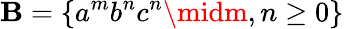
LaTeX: \mathbf{B}=\{ a^{m}b^{n}c^{n}\midm,n\geq0\}